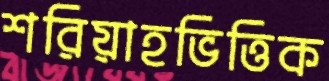
শরিয়াহভিত্তিক